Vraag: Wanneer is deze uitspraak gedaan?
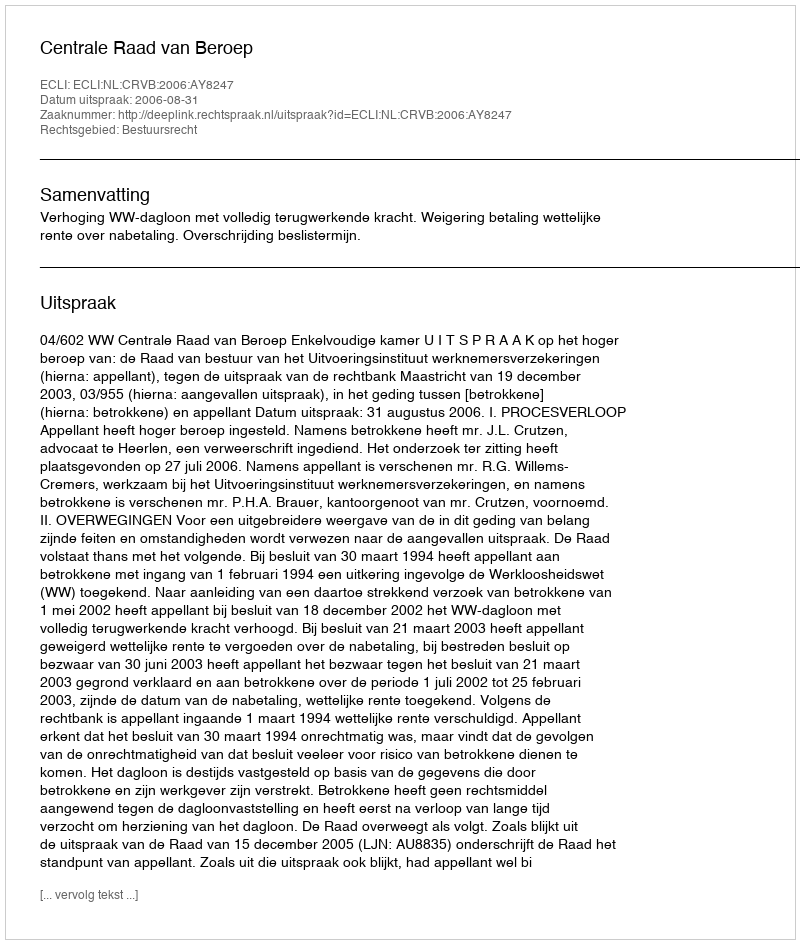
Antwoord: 2006-08-31